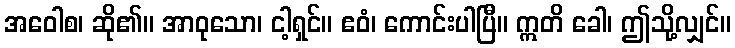
အဝေါစ၊ ဆို၏။ အာဝုသော၊ ငါ့ရှင်။ ဧဝံ၊ ကောင်းပါပြီ။ ဣတိ ခေါ၊ ဤသို့လျှင်။